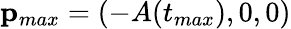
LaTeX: \mathbf{p}_{max}=(-A(t_{max}),0,0)